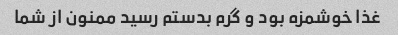
غذا خوشمزه بود و گرم بدستم رسید ممنون از شما